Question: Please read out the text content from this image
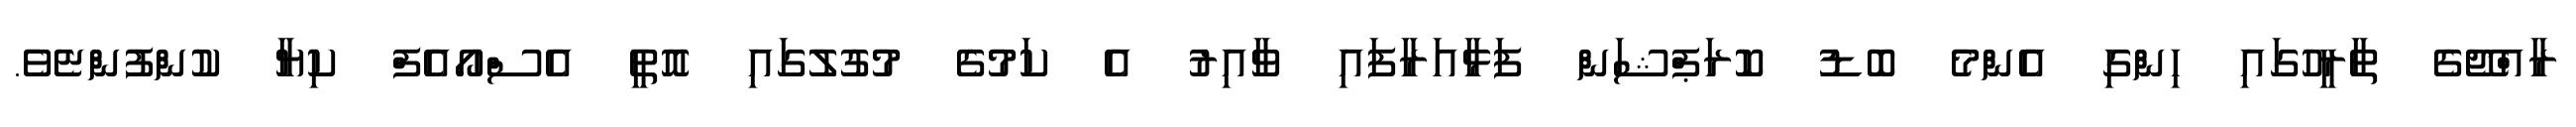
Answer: ރާއްޖޭގެ ތާރީހުގައި ހިންގި އެންމެ ބޮޑު ކޮރަޕްޝަން ފަޅާއަރާފައި ވާއިރު އެ ކަމުގެ މުގުލުގައި އޮތީ އެސްއޯއެފް ކިޔާ ކުންފުންޏެވެ.